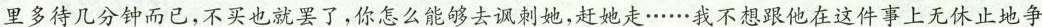
里多待几分钟而已，不买也就罢了，你怎么能够去讽刺她，赶她走……我不想跟他在这件事上无休止地争